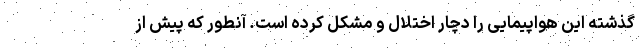
گذشته این هواپیمایی را دچار اختلال و مشکل کرده است. آنطور که پیش از